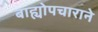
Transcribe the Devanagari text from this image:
बाह्योपचाराने